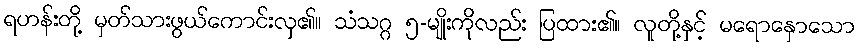
ရဟန်းတို့ မှတ်သားဖွယ်ကောင်းလှ၏။ သံသဂ္ဂ ၅-မျိုးကိုလည်း ပြထား၏။ လူတို့နှင့် မရောနှောသော